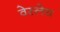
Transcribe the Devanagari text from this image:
वेस्लेय